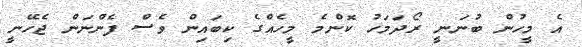
އެ މީހުން ބުނަނީ ރޯދަމަހު ކޮންމެ މީހެއްގެ ކިބައިން ވެސް ފެންނަން ޖެހޭނީ